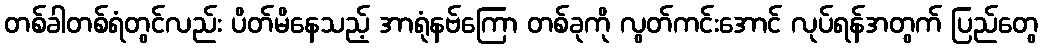
တစ်ခါတစ်ရံတွင်လည်း ပိတ်မိနေသည့် အာရုံနဗ်ကြော တစ်ခုကို လွတ်ကင်းအောင် လုပ်ရန်အတွက် ပြည်တွေ